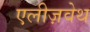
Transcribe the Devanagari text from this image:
एलीज़वेथ